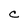
Character: C